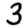
Digit: 3